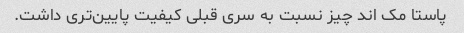
پاستا مک اند چیز نسبت به سری قبلی کیفیت پایین‌تری داشت.